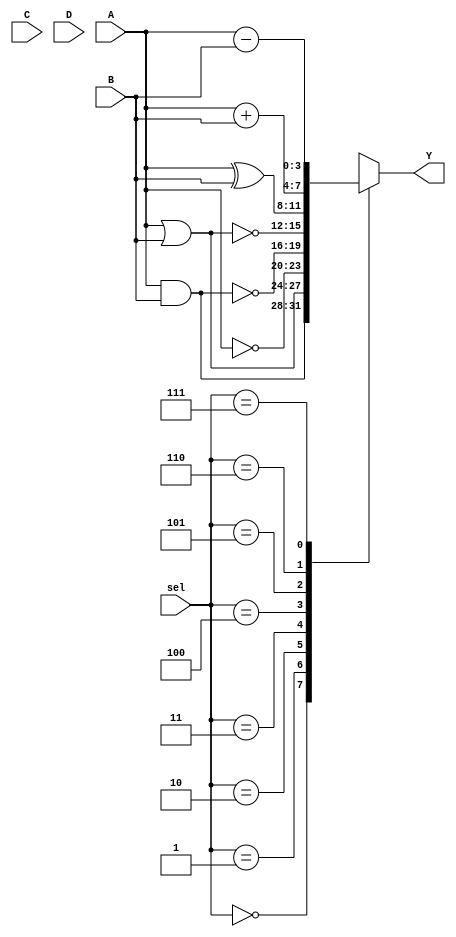
module combinational_logic_block #(
    parameter N = 4, // Number of input bits
    parameter M = 4  // Number of output bits
)(
    input  wire [N-1:0] A, // Input A
    input  wire [N-1:0] B, // Input B
    input  wire [N-1:0] C, // Input C
    input  wire [N-1:0] D, // Input D
    input  wire [2:0] sel,  // Select signal for operation
    output reg  [M-1:0] Y   // Output Y
);

// Define the operations based on the select signal
always @(*) begin
    case (sel)
        3'b000: Y = A & B;          // AND operation
        3'b001: Y = A | B;          // OR operation
        3'b010: Y = ~A;             // NOT operation (only A)
        3'b011: Y = ~(A & B);       // NAND operation
        3'b100: Y = ~(A | B);       // NOR operation
        3'b101: Y = A ^ B;          // XOR operation
        3'b110: Y = A + B;          // ADD operation (if M > N)
        3'b111: Y = A - B;          // SUBTRACT operation (if M > N)
        default: Y = {M{1'b0}};      // Default case
    endcase
end

endmodule